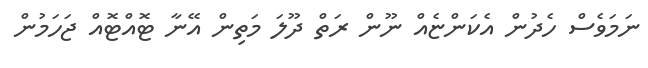
ނަމަވެސް ހެދުން އެކަންޏެއް ނޫން ރަތް ދޫލަ މަތިން އޭނާ ޓޮއްޓޮއް ޖަހަމުން